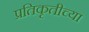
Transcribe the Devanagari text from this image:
प्रतिकृतीच्या